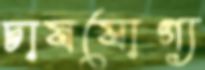
চাষযোগ্য